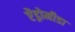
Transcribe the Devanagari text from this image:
ऐंड्रोमीडा